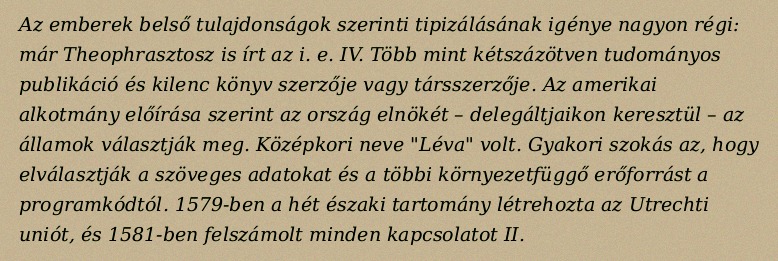
Az emberek belső tulajdonságok szerinti tipizálásának igénye nagyon régi: már Theophrasztosz is írt az i. e. IV. Több mint kétszázötven tudományos publikáció és kilenc könyv szerzője vagy társszerzője. Az amerikai alkotmány előírása szerint az ország elnökét – delegáltjaikon keresztül – az államok választják meg. Középkori neve "Léva" volt. Gyakori szokás az, hogy elválasztják a szöveges adatokat és a többi környezetfüggő erőforrást a programkódtól. 1579-ben a hét északi tartomány létrehozta az Utrechti uniót, és 1581-ben felszámolt minden kapcsolatot II.